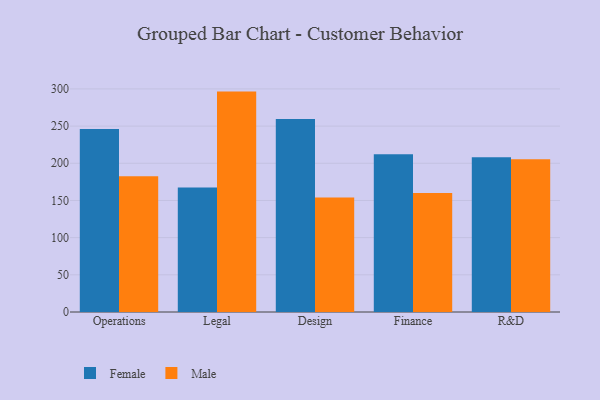
{"axis": {"x": "Department", "y": "Temperature (°C)"}, "legend": ["Female", "Male"], "data": [{"x": "Operations", "y": 246.0, "type": "Female"}, {"x": "Operations", "y": 182.7, "type": "Male"}, {"x": "Legal", "y": 167.4, "type": "Female"}, {"x": "Legal", "y": 296.4, "type": "Male"}, {"x": "Design", "y": 259.5, "type": "Female"}, {"x": "Design", "y": 154.0, "type": "Male"}, {"x": "Finance", "y": 212.3, "type": "Female"}, {"x": "Finance", "y": 160.0, "type": "Male"}, {"x": "R&D", "y": 208.2, "type": "Female"}, {"x": "R&D", "y": 205.5, "type": "Male"}]}